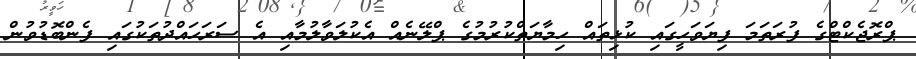
ޕްރޮޖެކްޓްގެ ފުރަތަމަ ފިޔަވަހީގައި ކުޅިތައް ހިމާޔަތްކުރުމުގެ ޕްލޭނެއް އެކުލަވާލުމާއި އެ ސަރަހައްދުތަކުގައި ފެންބޮޑުވުން